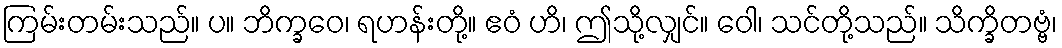
ကြမ်းတမ်းသည်။ ပ။ ဘိက္ခဝေ၊ ရဟန်းတို့။ ဧဝံ ဟိ၊ ဤသို့လျှင်။ ဝေါ၊ သင်တို့သည်။ သိက္ခိတဗ္ဗံ၊